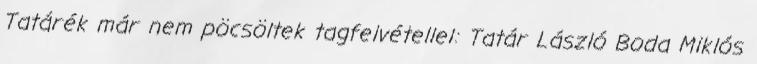
Tatárék már nem pöcsöltek tagfelvétellel: Tatár László Boda Miklós